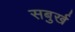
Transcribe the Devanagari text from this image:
सबुर्ख